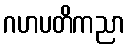
ဂဟပတိကညာ